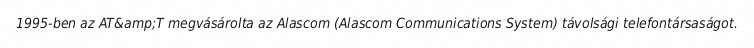
1995-ben az AT&amp;T megvásárolta az Alascom (Alascom Communications System) távolsági telefontársaságot.